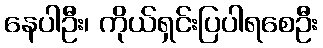
နေပါဦး၊ ကိုယ်ရှင်းပြပါရစေဦး